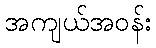
အကျယ်အဝန်း